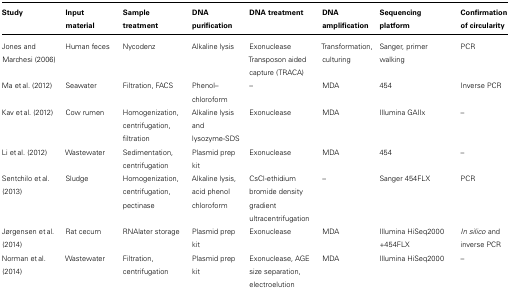
<table><thead><tr><td><b>Study</b></td><td><b>Input material</b></td><td><b>Sample treatment</b></td><td><b>DNA purification</b></td><td><b>DNA treatment</b></td><td><b>DNA amplification</b></td><td><b>Sequencing platform</b></td><td><b>Confirmation of circularity</b></td></tr></thead><tbody><tr><td>Jones and Marchesi (2006)</td><td>Human feces</td><td>Nycodenz</td><td>Alkaline lysis</td><td>Exonuclease Transposon aided capture (TRACA)</td><td>Transformation, culturing</td><td>Sanger, primer walking</td><td>PCR</td></tr><tr><td>Ma et al. (2012)</td><td>Seawater</td><td>Filtration, FACS</td><td>Phenol–chloroform</td><td>–</td><td>MDA</td><td>454</td><td>Inverse PCR</td></tr><tr><td>Kav et al. (2012)</td><td>Cow rumen</td><td>Homogenization, centrifugation, filtration</td><td>Alkaline lysis and lysozyme-SDS</td><td>Exonuclease</td><td>MDA</td><td>Illumina GAIIx</td><td>–</td></tr><tr><td>Li et al. (2012)</td><td>Wastewater</td><td>Sedimentation, centrifugation</td><td>Plasmid prep kit</td><td>Exonuclease</td><td>MDA</td><td>454</td><td>–</td></tr><tr><td>Sentchilo et al. (2013)</td><td>Sludge</td><td>Homogenization, centrifugation, pectinase</td><td>Alkaline lysis, acid phenol chloroform</td><td>CsCl-ethidium bromide density gradient ultracentrifugation</td><td>–</td><td>Sanger 454FLX</td><td>PCR</td></tr><tr><td>Jørgensen et al. (2014)</td><td>Rat cecum</td><td>RNAlater storage</td><td>Plasmid prep kit</td><td>Exonuclease</td><td>MDA</td><td>Illumina HiSeq2000 +454FLX</td><td><i>In silico</i> and inverse PCR</td></tr><tr><td>Norman et al. (2014)</td><td>Wastewater</td><td>Filtration, centrifugation</td><td>Plasmid prep kit</td><td>Exonuclease, AGE size separation, electroelution</td><td>MDA</td><td>Illumina HiSeq2000</td><td>–</td></tr></tbody></table>